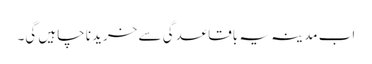
اب مدینہ یہ باقاعدگی سے خریدنا چاہیں گی۔